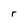
Character: r